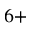
^ { 6 + }